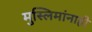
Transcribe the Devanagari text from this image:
मुस्लिमांनाही